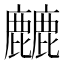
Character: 𱋁